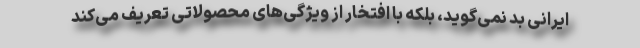
ایرانی بد نمی‌گوید، بلکه با افتخار از ویژگی‌های محصولاتی تعریف می‌کند